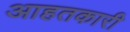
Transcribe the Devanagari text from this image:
आहतकारी